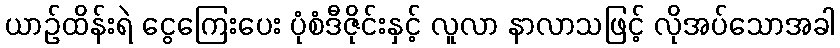
ယာဉ်ထိန်းရဲ ငွေကြေးပေး ပုံစံဒီဇိုင်းနှင့် လူလာ နာလာသဖြင့် လိုအပ်သောအခါ